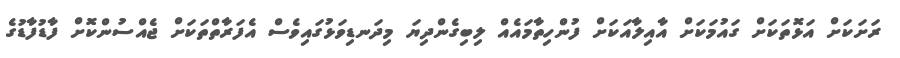
ރަށަކަށް އަޅޮތަކަށް ގައުމަކަށް އާއިލާއަކަށް ފުންހިތާމައެއް ލިބިގެންދިޔަ މިދަނޑިވަޅުގައިވެސް އެފަރާތްތަކަށް ޖެއްސުންކޮށް ފާޑުފާޑުގެ